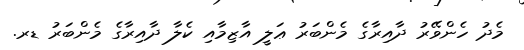
މެދު ހެންވޭރު ދާއިރާގެ މެންބަރު ޢަލީ އާޒިމާއި ކެލާ ދާއިރާގެ މެންބަރު ޑރ.